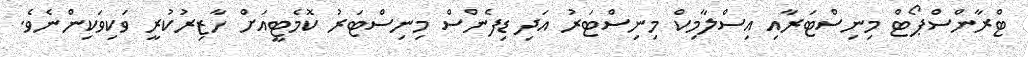
ޓްރާންސްޕޯޓް މިނިސްޓަރާއި އިސްލާމިކް މިނިސްޓަރު އަދި ޑިފެންސް މިނިސްޓަރު ކޮމެޓީއަށް ހާޒިރުކުރީ ވަކިވަކިންނެވެ.